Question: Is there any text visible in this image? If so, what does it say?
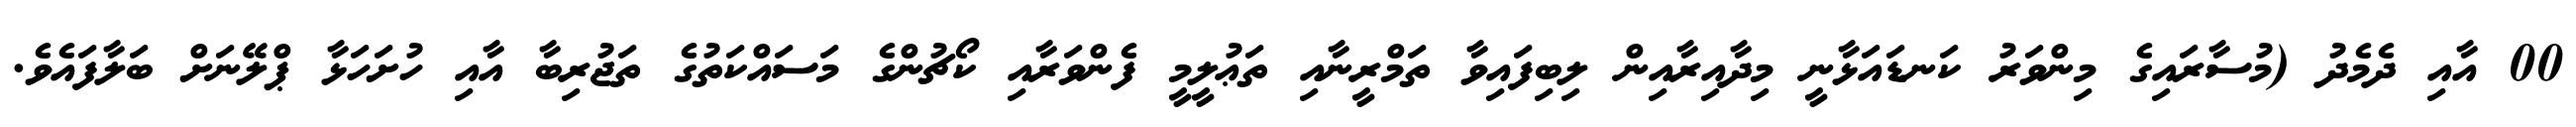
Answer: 00 އާއި ދެމެދު (މުސާރައިގެ މިންވަރު ކަނޑައަޅާނީ މިދާއިރާއިން ލިބިފައިވާ ތަމްރީނާއި ތަޢުލީމީ ފެންވަރާއި ކޯޗުންގެ މަސައްކަތުގެ ތަޖުރިބާ އާއި ހުށަހަޅާ ޕްލޭނަށް ބަލާފައެވެ.